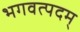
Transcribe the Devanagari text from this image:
भगवत्पदम्